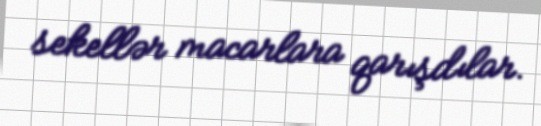
sekellər macarlara qarışdılar.